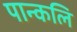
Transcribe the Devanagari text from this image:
पान्कलि